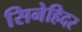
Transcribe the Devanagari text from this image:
सिनेहिदर